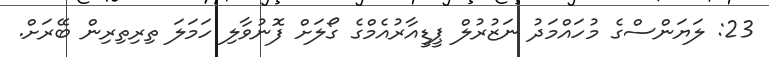
23: ލަޔަންސްގެ މުހައްމަދު ނަޒުރުލް ޕީޑީއާރުއެމްގެ ގޯލަށް ފޮނުވާލި ހަމަލަ ތިރިތިރިން ބޭރަށް.